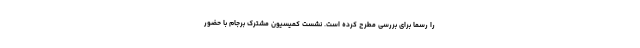
را رسماً برای بررسی مطرح کرده است. نشست کمیسیون مشترک برجام با حضور